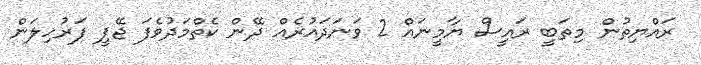
ރައްޔިތުން މިތަބީ ރައީސް ޔާމީނައް 2 ވަނަދައުރެއް ދޭން ކެތްމަދުވެފަ ޖޭޕީ ފަރުހިލަން